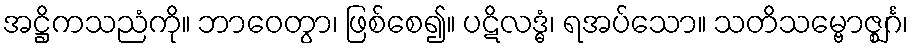
အဋ္ဌိကသညံကို။ ဘာဝေတွာ၊ ဖြစ်စေ၍။ ပဋိလဒ္ဓံ၊ ရအပ်သော။ သတိသမ္ဗောဇ္ဈင်္ဂ၊